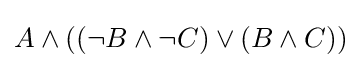
A\wedge ((\neg B\wedge \neg C)\vee (B\wedge C))